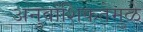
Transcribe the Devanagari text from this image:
अनुवांशिकतेमुळे